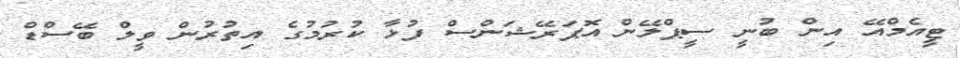
ޓީއެމްއޭ އިން ބުނީ ސީޕްލޭން އޮޕަރޭޝަންސް ފުޅާ ކުރުމުގެ އިތުރުން ވީލް ބޭސްޑް